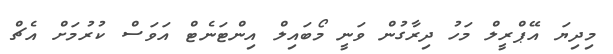
މިދިޔަ އޭޕްރީލް މަހު ދިރާގުން ވަނީ މޯބައިލް އިންޓަނެޓް އަވަސް ކުރުމަށް އެޗް